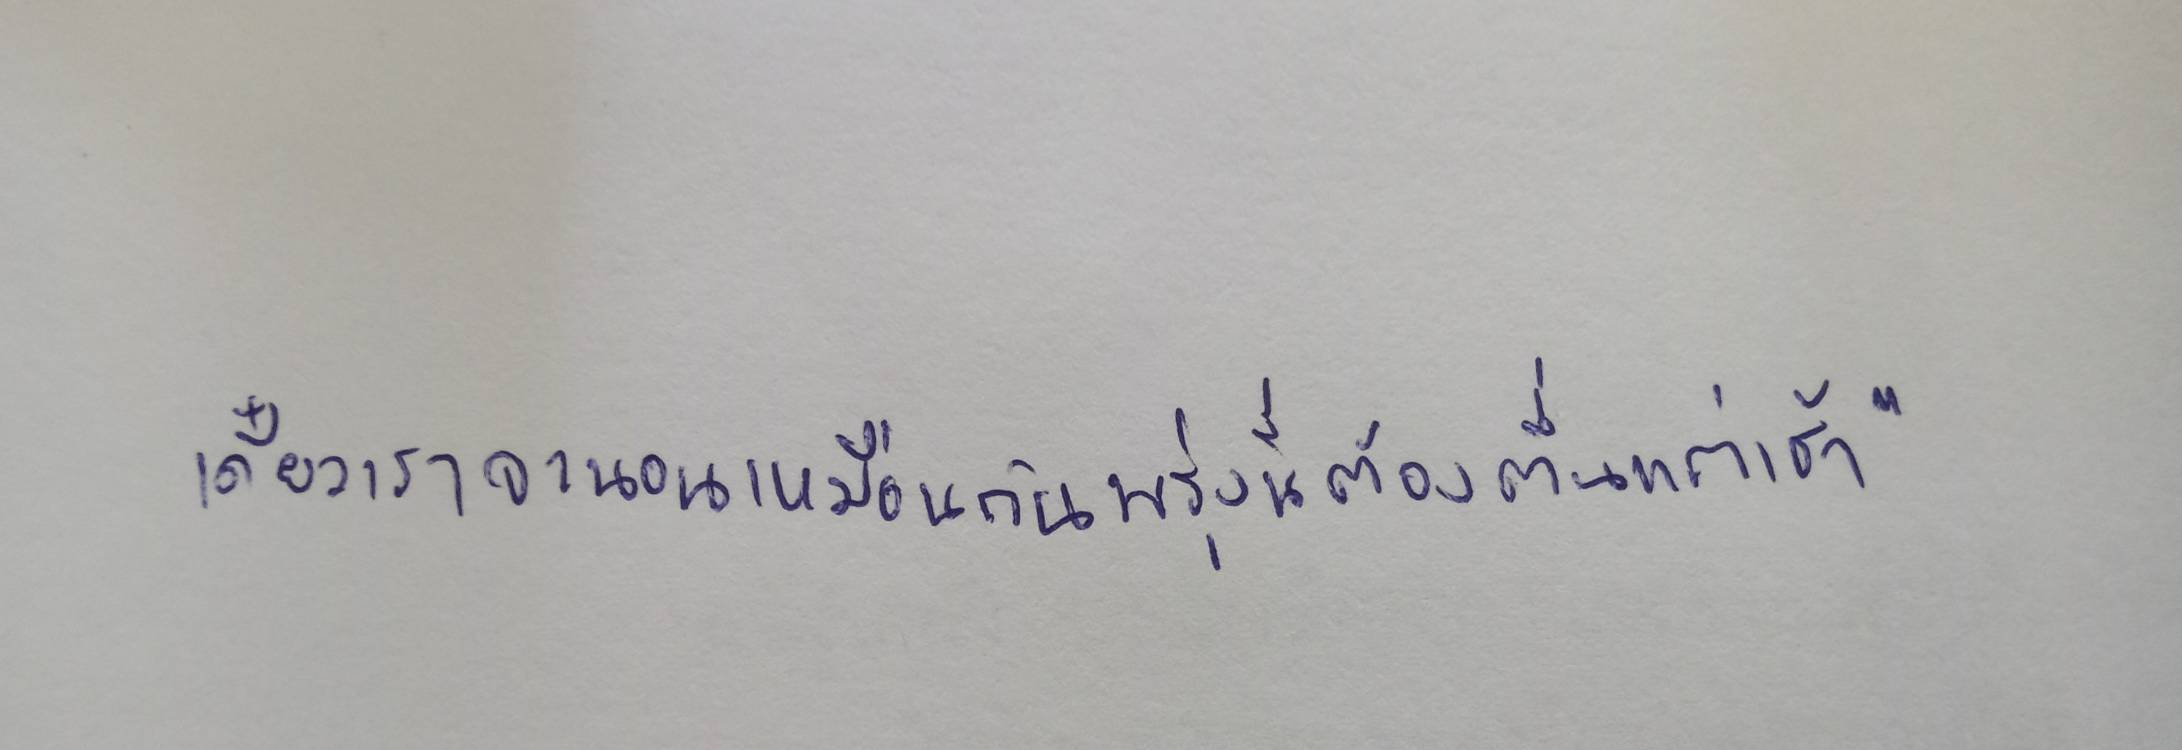
เดี๋ยวเราก็จะนอนเหมือนกันพรุ่งนี้ต้องตื่นแต่เช้า"